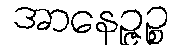
အာနေဉ္ဇဉ္စ